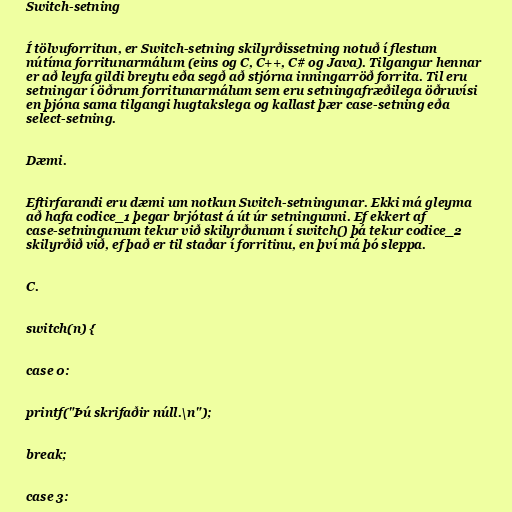
Switch-setning

Í tölvuforritun, er Switch-setning skilyrðissetning notuð í flestum
nútíma forritunarmálum (eins og C, C++, C# og Java). Tilgangur hennar
er að leyfa gildi breytu eða segð að stjórna inningarröð forrita. Til eru
setningar í öðrum forritunarmálum sem eru setningafræðilega öðruvísi
en þjóna sama tilgangi hugtakslega og kallast þær case-setning eða
select-setning.

Dæmi.

Eftirfarandi eru dæmi um notkun Switch-setningunar. Ekki má gleyma
að hafa codice_1 þegar brjótast á út úr setningunni. Ef ekkert af
case-setningunum tekur við skilyrðunum í switch() þá tekur codice_2
skilyrðið við, ef það er til staðar í forritinu, en því má þó sleppa.

C.

switch(n) {

case 0:

printf("Þú skrifaðir núll.\n");

break;

case 3: